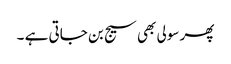
پھر سولی بھی سیج بن جاتی ہے ۔